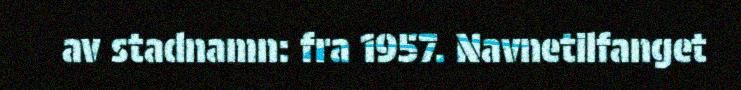
av stadnamn: fra 1957. Navnetilfanget